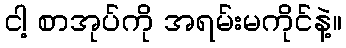
ငါ့ စာအုပ်ကို အရမ်းမကိုင်နဲ့။